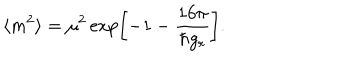
\langle m ^ { 2 } \rangle = \mu ^ { 2 } \exp \left[ - 1 - \frac { { 1 6 \pi } } { \hbar g _ { r } } \right] .